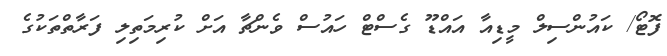
ފޮޓޯ/ ކައުންސިލް މީޑިއާ އައްޑޫ ގެސްޓް ހައުސް ވެންޗާ އަށް ކުރިމަތިލި ފަރާތްތަކުގެ